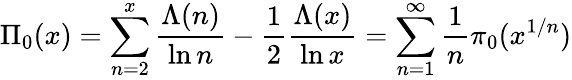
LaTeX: \Pi_{0}(x)=\sum_{n=2}^{x}{\frac{\Lambda(n)}{\ln n}}-{\frac{1}{2}}{\frac{\Lambda(x)}{\ln x}}=\sum_{n=1}^{\infty}{\frac{1}{n}}\pi_{0}(x^{1/n})